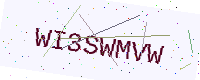
Text: WI3SWMVW